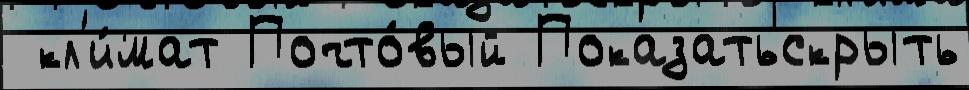
 кл'и́мат Почто́вый Показатьскрыть